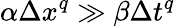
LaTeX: \alpha\Delta x^{q}\gg\beta\Delta t^{q}